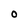
Character: O